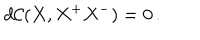
d \mathcal { C } ( X , X ^ { + } X ^ { - } ) = 0 \, .